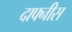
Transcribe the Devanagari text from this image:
दाफ्नीस